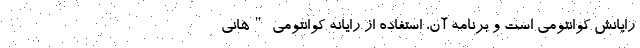
رایانش کوانتومی است و برنامه آن، استفاده از رایانه کوانتومی "هانی